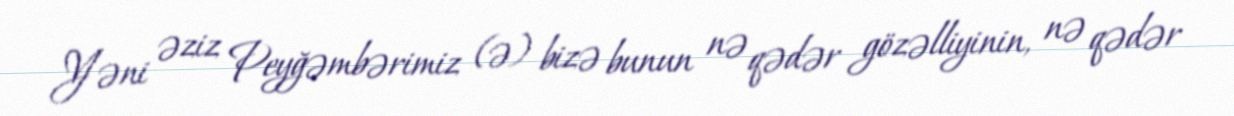
Yəni əziz Peyğəmbərimiz (ə) bizə bunun nə qədər gözəlliyinin, nə qədər